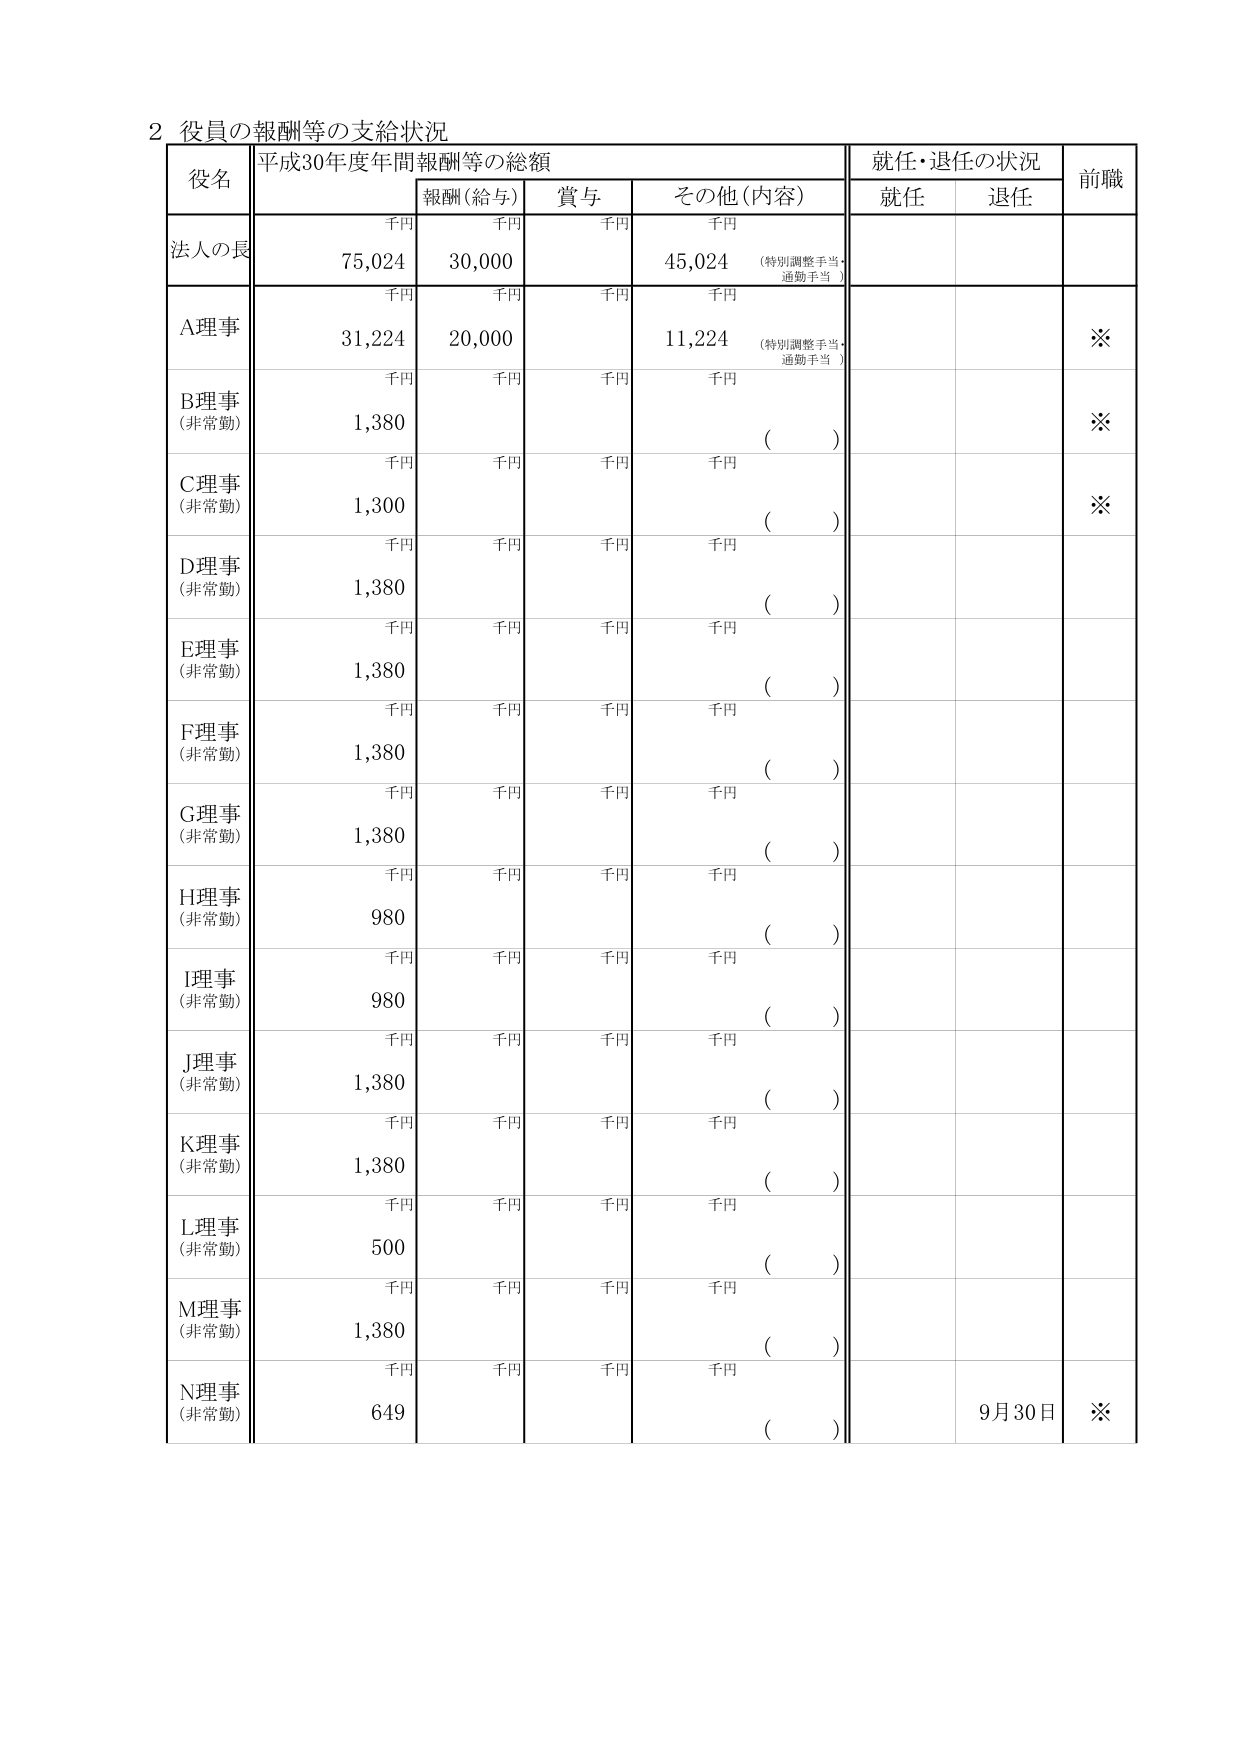
2 役員の報酬等の支給状況
役名 平成30年度年間報酬等の総額 就任・退任の状況 前職
報酬（給与） 賞与 その他（内容） 就任 退任
千円 千円 千円 千円
法人の長 75,024 30,000 45,024 （特別調整手当・通勤手当）
千円 千円 千円 千円
A理事 31,224 20,000 11,224 （特別調整手当・通勤手当） ※
千円 千円 千円 千円
B理事 （非常勤） 1,380 （ ） ※
千円 千円 千円 千円
C理事 （非常勤） 1,300 （ ） ※
千円 千円 千円 千円
D理事 （非常勤） 1,380 （ ）
千円 千円 千円 千円
E理事 （非常勤） 1,380 （ ）
千円 千円 千円 千円
F理事 （非常勤） 1,380 （ ）
千円 千円 千円 千円
G理事 （非常勤） 1,380 （ ）
千円 千円 千円 千円
H理事 （非常勤） 980 （ ）
千円 千円 千円 千円
I理事 （非常勤） 980 （ ）
千円 千円 千円 千円
J理事 （非常勤） 1,380 （ ）
千円 千円 千円 千円
K理事 （非常勤） 1,380 （ ）
千円 千円 千円 千円
L理事 （非常勤） 500 （ ）
千円 千円 千円 千円
M理事 （非常勤） 1,380 （ ）
千円 千円 千円 千円
N理事 （非常勤） 649 （ ） 9月30日 ※